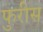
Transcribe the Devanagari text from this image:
फुरीस